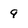
Character: 9